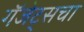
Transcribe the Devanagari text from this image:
गॅजेट्सचा